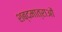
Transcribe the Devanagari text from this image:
शब्दमात्राओं